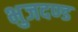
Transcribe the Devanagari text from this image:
भुजदण्ड